Civil Veterinary Dept. North-West Frontier Province 1933-46 - 1933-1946
Year: 1933
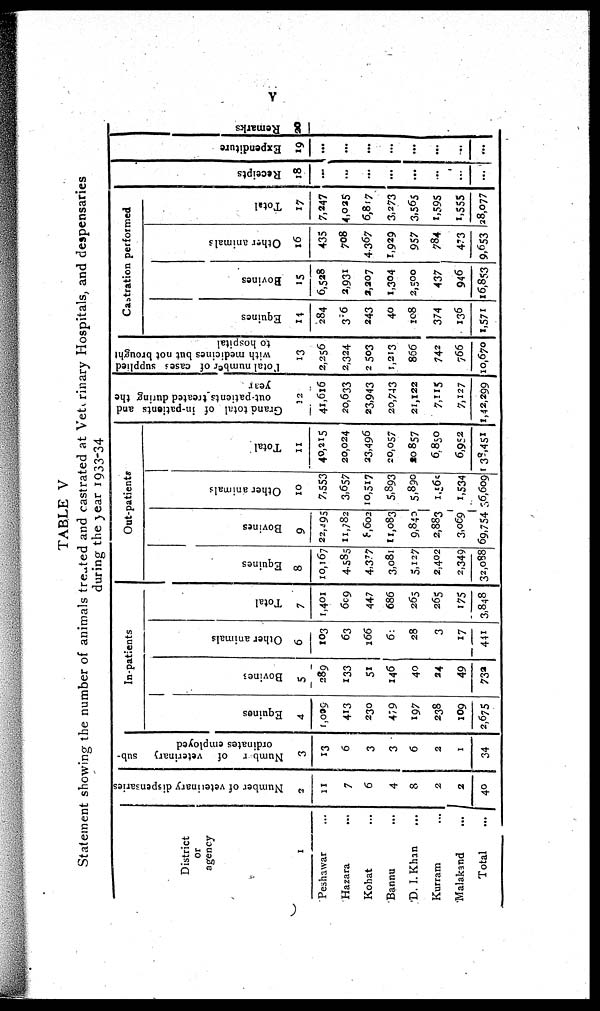
v
TABLE V
Statement showing the number of animals treated and castrated at Veterinary Hospitals, and despensaries
during the year 1933-34
District
or
agency
1
Peshawar ...
Hazara ...
Kohat ...
Bannu ...
D.I. Khan ...
Kurram ...
Malakand ...
Total
...
Number of veterinary dispensaries
2
11
7
6
4
8
2
2
40
Number
of veterinary sub-
ordinates employed
3
13
6
3
3
6
2
1
34
In-patients
Equines
4
1,009
413
230
479
197
238
109
2,675
Bovine;
5
289
133
51
146
40
24
49
732
Other animals
6
103
63
166
6
28
3
17
441
Total
7
1,401
609
447
686
265
265
175
3,848
Out-patients
Equines
8
10,167
4,585
4,377
3,081
5,127
2,402
2,349
32,088
Bovines
9
22,495
11,782
8,602
11,083
9,843
2,883
3,069
69,754
Other animals
10
7,553
3,657
10,517
5,893
5,890
1,565
1,534
36,609
Total
11
40,215
20,024
23,496
20,057
20,857
6850
6,952
38,451
Grand total of in-patients and
out-patients treated during the
year
12
41,6l6
20,633
23,943
20,743
21,122
7,115
7,127
1,42,299
Total number
of cases supplied
with medicines but not brought
to hospital
13
2,256
2,324
2503
1,213
856
742
766
10,670
Castration performed
Equines
14
284
306
243
40
108
374
136
1,571
Bovines
15
6,528
2,931
2,207
1,304
2,500
437
946
16,853
Other animals
16
435
708
4367
1,929
957
784
473
9,653
Total
17
7,247
4,025
6,817
3,273
3,565
1,595
1,555
28,077
Recei pt s
18
...
...
...
...
...
...
...
...
Expe ndi t
ur e
19
...
...
...
...
...
...
....
...
Remarks
20